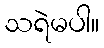
သရဲမပါ။